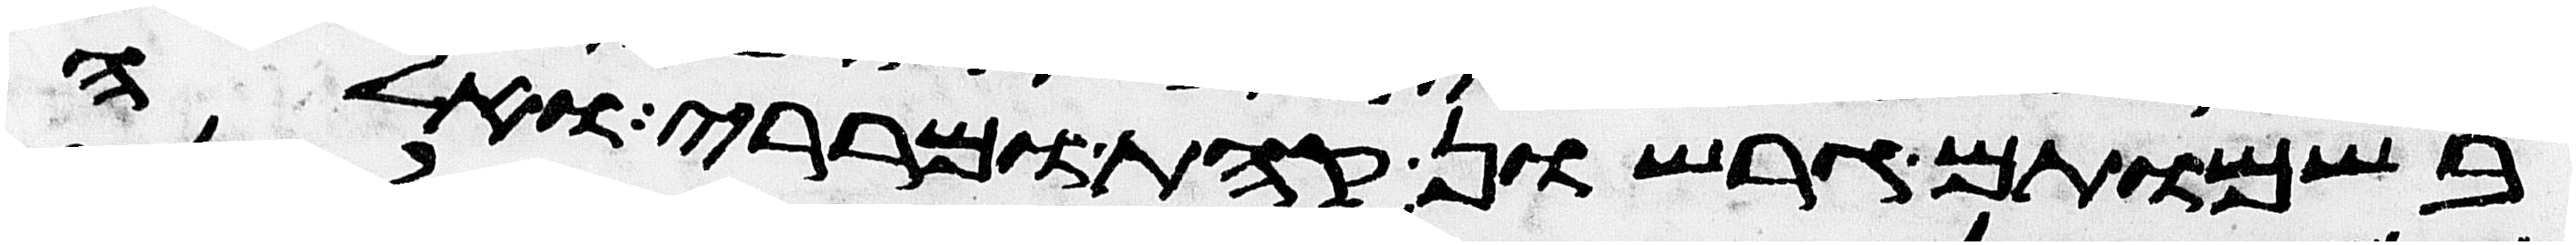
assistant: בשמותם גרשון קהת ומררי ואלה